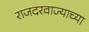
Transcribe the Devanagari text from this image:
राजदरवाज्याच्या